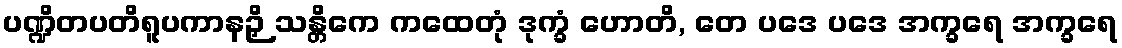
ပဏ္ဍိတပတိရူပကာနဉှိ သန္တိကေ ကထေတုံ ဒုက္ခံ ဟောတိ, တေ ပဒေ ပဒေ အက္ခရေ အက္ခရေ